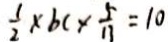
\frac { 1 } { 2 } \times b c \times \frac { 5 } { 1 1 } = 1 0